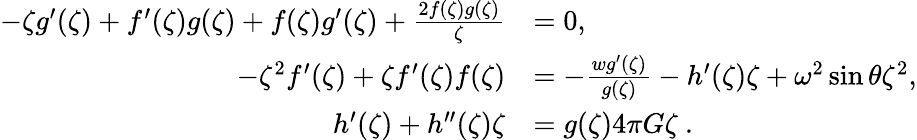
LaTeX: \begin{array}{rl}{-\zeta g^{\prime}(\zeta)+f^{\prime}(\zeta)g(\zeta)+f(\zeta)g^{\prime}(\zeta)+\frac{2f(\zeta)g(\zeta)}{\zeta}}&{=0,}\\ {-\zeta^{2}f^{\prime}(\zeta)+\zeta f^{\prime}(\zeta)f(\zeta)}&{=-\frac{wg^{\prime}(\zeta)}{g(\zeta)}-h^{\prime}(\zeta)\zeta+\omega^{2}\sin\theta\zeta^{2},}\\ {h^{\prime}(\zeta)+h^{\prime\prime}(\zeta)\zeta}&{=g(\zeta)4\pi G\zeta\ .}\end{array}